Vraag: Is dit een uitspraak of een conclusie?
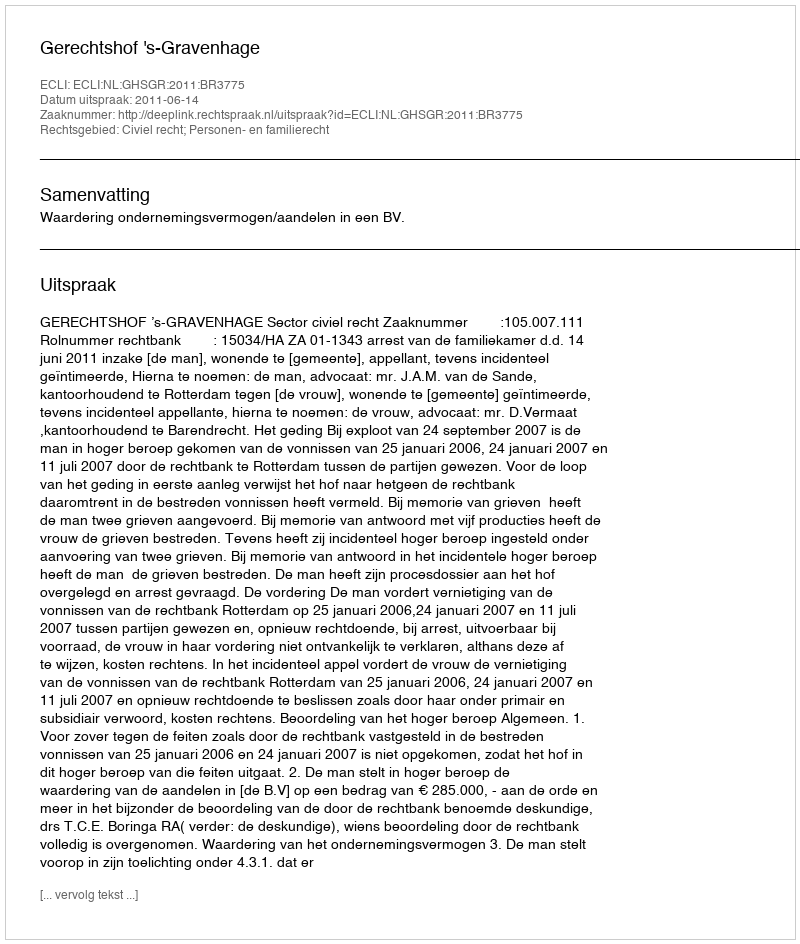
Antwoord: Uitspraak